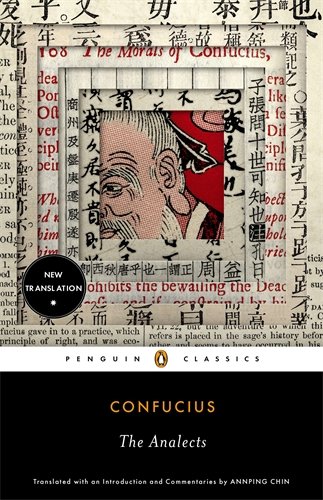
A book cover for The Analects (Penguin Classics); Confucius; Religion & Spirituality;